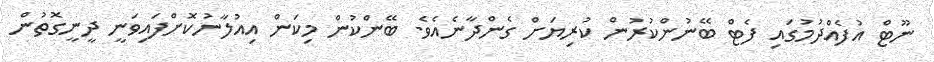
ނޫޓް އުފެއްދުމުގައި ފެޓް ބޭނުންކުރުން ކުރިޔަށް ގެންދާނެއެވެ. ބޭންކުން މިކަން އިއުލާނުކޮށްފައިވަނީ ދީނީގޮތުން